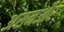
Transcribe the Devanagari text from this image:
असमऔर